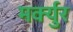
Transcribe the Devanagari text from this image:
मर्क्युर